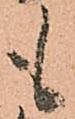
も